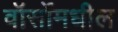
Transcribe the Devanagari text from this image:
वॉर्सोमधील